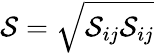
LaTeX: {\cal{S}}=\sqrt{{\cal{S}}_{ij}{\cal{S}}_{ij}}